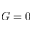
G = 0